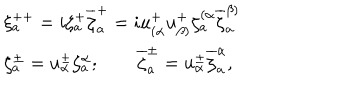
LaTeX: \begin{array} { l c r } { { \xi _ { a } ^ { + + } = i \zeta _ { a } ^ { + } \overline { { { \zeta } } } _ { a } ^ { + } = i u _ { ( \alpha } ^ { + } u _ { \beta ) } ^ { + } \zeta _ { a } ^ { ( \alpha } { \overline { { { \zeta } } } _ { a } ^ { \beta ) } } } } \\ { { \zeta _ { a } ^ { \pm } = u _ { \alpha } ^ { \pm } \zeta _ { a } ^ { \alpha } ; \qquad \overline { { \zeta } } _ { a } ^ { \pm } = u _ { \alpha } ^ { \pm } \overline { { { \zeta } } } _ { a } ^ { \alpha } , } } \\ \end{array}